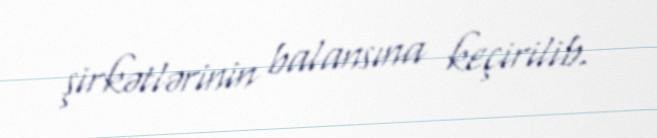
şirkətlərinin balansına keçirilib.